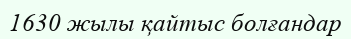
1630 жылы қайтыс болғандар